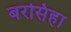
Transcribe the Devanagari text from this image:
बरसिहा